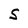
Character: S